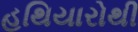
હથિયારોથી